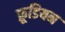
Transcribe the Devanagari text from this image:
फ्रूडियन